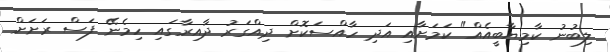
ލިބުނު ކާމިޔާބީއެއް" ކަމަށާއި އަދި ހާއްސަކޮށް ދިއްގަރު ދާއިރާގައި ހިމެނޭ ފަސް ރަށަށް